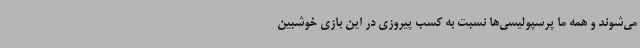
می‌شوند و همه ما پرسپولیسی‌ها نسبت به کسب پیروزی در این بازی خوشبین